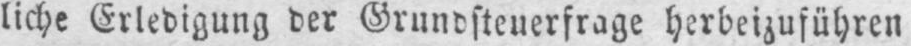
liche Erledigung der Grundsteuerfrage herbeizuführen